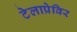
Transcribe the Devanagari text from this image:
टेलाप्रेविर